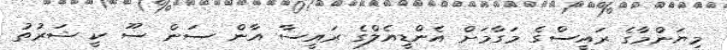
މިޔަންމާގެ ރައީސްގެ މަގާމަށް އެންޑީއެލްގެ ރައީސާ އާން ސަން ސޫ ކީ ޝަރުތު